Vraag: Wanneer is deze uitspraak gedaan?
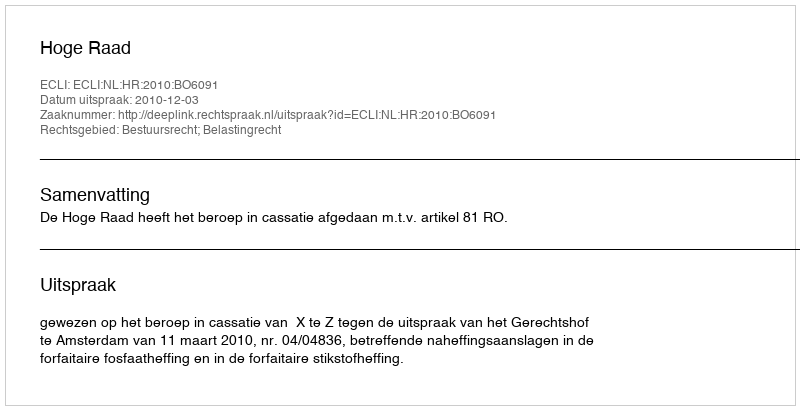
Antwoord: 2010-12-03